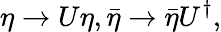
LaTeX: \eta\rightarrow U\eta,\bar{\eta}\rightarrow\bar{\eta}U^{\dagger},